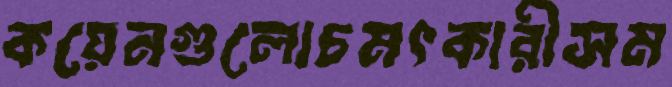
কয়েনগুলোচমৎকারীসম